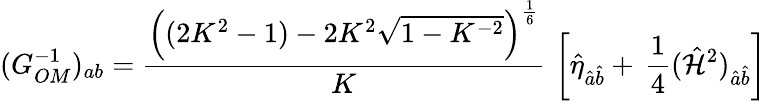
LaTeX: (G_{OM}^{-1})_{ab}={\frac{\left((2K^{2}-1)-2K^{2}\sqrt{1-K^{-2}}\right)^{\frac{1}{6}}}{K}}\, \left[\hat{\eta}_{\hat{a}\hat{b}}+\, {\frac{1}{4}}(\hat{{\cal H}}^{2})_{\hat{a}\hat{b}}\right]